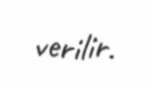
verilir.